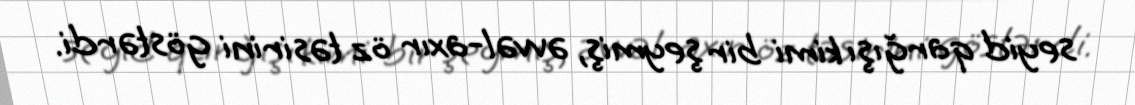
seyid qarğışı kimi bir şeymiş, əvvəl-axır öz təsirini göstərdi.